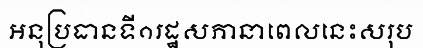
អនុប្រធានទី១រដ្ឋសភានាពេលនេះសរុប